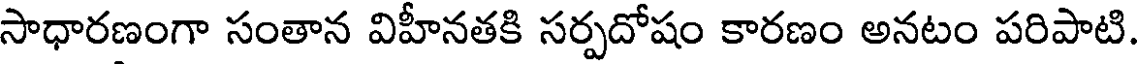
సాధారణంగా సంతాన విహీనతకి సర్పదోషం కారణం అనటం పరిపాటి.